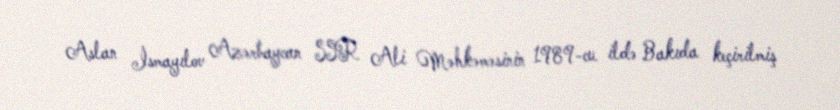
Aslan İsmayılov Azərbaycan SSR Ali Məhkəməsinin 1989-cu ildə Bakıda keçirilmiş